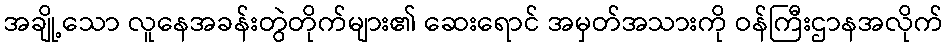
အချို့သော လူနေအခန်းတွဲတိုက်များ၏ ဆေးရောင် အမှတ်အသားကို ဝန်ကြီးဌာနအလိုက်